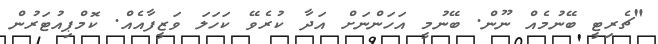
"ޗެރިޓީ ބޭނުމެއް ނޫން. ބޭނުމީ އަހަންނަށް އަދާ ކުރެވޭ ކަހަލަ ވަޒީފާއެއް. ކޮމްޕިއުޓަރުން